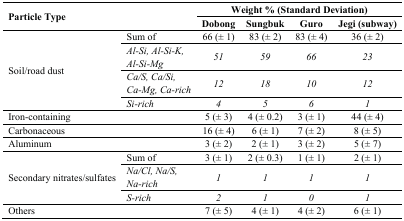
<table><thead><tr><td rowspan="2" colspan="2"><b>Particle Type</b></td><td colspan="4"><b>Weight % (Standard Deviation)</b></td></tr><tr><td><b>Dobong</b></td><td><b>Sungbuk</b></td><td><b>Guro</b></td><td><b>Jegi (subway)</b></td></tr></thead><tbody><tr><td rowspan="4">Soil/road dust</td><td>Sum of</td><td>66 (± 1)</td><td>83 (± 2)</td><td>83 (± 4)</td><td>36 (± 2)</td></tr><tr><td><i>Al-Si, Al-Si-K, Al-Si-Mg</i></td><td><i>51</i></td><td><i>59</i></td><td><i>66</i></td><td><i>23</i></td></tr><tr><td><i>Ca/S, Ca/Si, Ca-Mg, Ca-rich</i></td><td><i>12</i></td><td><i>18</i></td><td><i>10</i></td><td><i>12</i></td></tr><tr><td><i>Si-rich</i></td><td><i>4</i></td><td><i>5</i></td><td><i>6</i></td><td><i>1</i></td></tr><tr><td colspan="2">Iron-containing</td><td>5 (± 3)</td><td>4 (± 0.2)</td><td>3 (± 1)</td><td>44 (± 4)</td></tr><tr><td colspan="2">Carbonaceous</td><td>16 (± 4)</td><td>6 (± 1)</td><td>7 (± 2)</td><td>8 (± 5)</td></tr><tr><td colspan="2">Aluminum</td><td>3 (± 2)</td><td>2 (± 1)</td><td>3 (± 2)</td><td>5 (± 7)</td></tr><tr><td rowspan="3">Secondary nitrates/sulfates</td><td>Sum of</td><td>3 (± 1)</td><td>2 (± 0.3)</td><td>1 (± 1)</td><td>2 (± 1)</td></tr><tr><td><i>Na/Cl, Na/S, Na-rich</i></td><td><i>1</i></td><td><i>1</i></td><td><i>1</i></td><td><i>1</i></td></tr><tr><td><i>S-rich</i></td><td><i>2</i></td><td><i>1</i></td><td><i>0</i></td><td><i>1</i></td></tr><tr><td colspan="2">Others</td><td>7 (± 5)</td><td>4 (± 1)</td><td>4 (± 2)</td><td>6 (± 1)</td></tr></tbody></table>